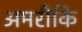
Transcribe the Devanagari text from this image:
अमरीकि